Lunatic asylums Burma 1922-24 - 1922-1924
Year: 1922
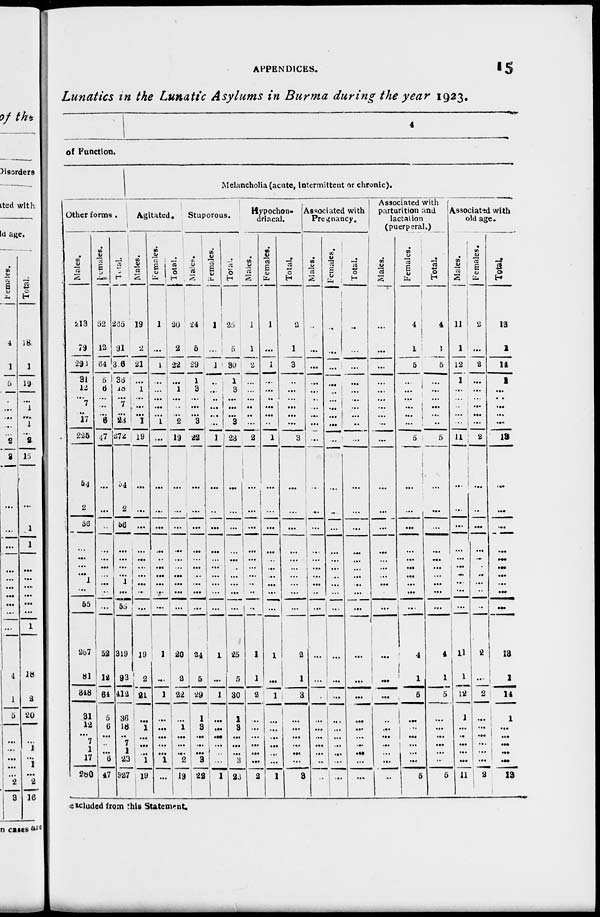
APPENDICES.
15
Lunatics in the Lunatic Asylums in Burma during the year 1923.
1
4
of Function.
Other forms .
Males.
213
79
292
31
12
...
7
... 17
225
54
2
56
...
...
...
...
1
...
55
267
81
348
31
12
...
7
1
17
280
Females.
52
12
64
5
6
...
...
...
6
47
...
...
...
...
...
...
...
...
...
...
52
12
64
5
6
...
...
...
6
47
Total.
265
91
356
36
18
...
7
...
23
272
54
2
56
...
...
...
...
1
...
55
319
93
412
36
18
...
7
1
23
327
Melancholia (acute, intermittent or chronic).
Agitated.
Males.
19
2
21
...
1
...
...
...
1
19
...
...
...
...
...
...
...
...
...
...
19
2
21
...
1
...
...
...
1
19
Females.
1
...
1
...
...
...
...
...
1
...
...
...
...
...
...
...
...
...
...
...
1
...
1
...
...
...
...
...
1
...
Total.
20
2
22
...
1
...
...
...
2
19
...
...
...
...
...
...
...
...
...
...
20
2
22
...
1
...
...
... 2
19
Stuporous.
Males.
24
5
29
1
3
...
...
...
3
22
...
...
...
...
...
...
...
...
...
...
24
5
29
1
3
...
...
...
3
22
Females.
1
...
1
...
...
...
...
...
...
1
...
...
...
...
...
...
...
...
...
...
1
...
1
...
...
...
...
...
...
1
Total.
25
5
30
1
3
...
...
... 3
23
...
...
...
...
...
...
...
...
...
...
25
5
30
1
3
...
...
...
3
23
Hypochon-
driacal.
Males.
1
1
2
...
...
...
...
...
...
2
...
...
...
...
...
...
...
...
...
...
1
1
2
...
...
...
...
...
...
2
Females.
1
...
1
...
...
...
...
...
...
1
...
...
...
...
...
...
...
...
...
...
1
...
1
...
...
...
...
...
...
1
Total.
2
1
3
...
...
...
...
... ...
3
...
...
...
...
...
...
...
...
...
...
2
1
3
...
...
...
...
...
...
3
Associated with
Pregnancy.
Males.
...
...
...
...
...
...
...
...
...
...
...
...
...
...
...
...
...
...
...
...
...
...
...
...
...
...
...
...
...
...
Females.
...
...
...
...
...
...
...
...
...
...
...
...
...
...
...
...
...
...
...
...
...
...
...
...
...
...
...
...
...
...
Total.
...
...
...
...
...
...
...
...
...
...
...
...
...
...
...
...
...
...
...
...
...
...
...
...
...
...
...
...
...
...
Associated with
parturition and
lactation
(puerperal.)
Males.
...
...
...
...
...
...
...
... ...
...
...
...
...
...
...
...
... ...
...
...
...
...
...
...
...
...
...
...
...
...
Females.
4
1
5
...
...
...
...
... ...
5
...
...
...
...
...
...
...
...
...
...
4
1
5
...
...
...
...
...
...
5
Total.
4
1
5
...
...
...
...
...
...
5
...
...
...
...
...
...
...
...
...
...
4
1
5
...
...
...
...
...
...
5
Associated with
old age.
Males.
1 1
1
12
1
...
...
...
...
...
11
...
...
...
...
...
...
...
...
...
...
11
1
12
1
...
...
...
...
...
11
Females.
2
...
2
...
...
...
...
... ...
2
...
...
...
...
...
...
...
...
...
...
2
...
2
...
...
...
...
...
...
2
Total.
13
1
14
1
...
...
...
... ...
13
...
...
...
...
...
...
...
...
...
...
13
1
14
1
...
...
...
...
...
13
excluded from this Statement.